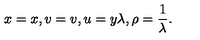
x = x , v = v , u = y \lambda , \rho = \frac { 1 } { \lambda } .